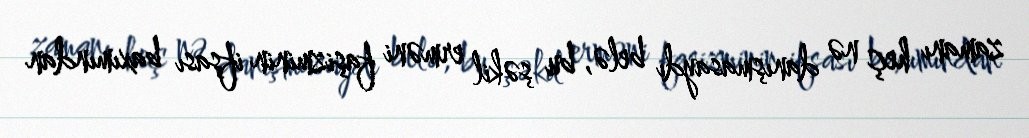
zamanı heç nə danışmasaydı belə, bu şəkil erməni faşizminin ifşası baxımından